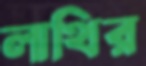
লাথির